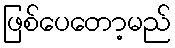
ဖြစ်ပေတော့မည်